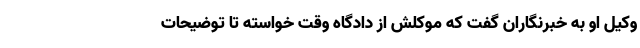
وکیل او به خبرنگاران گفت که موکلش از دادگاه وقت خواسته تا توضیحات